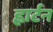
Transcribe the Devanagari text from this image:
ह्वार्टन